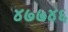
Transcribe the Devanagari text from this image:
४७७४६